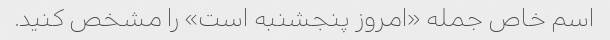
اسم خاص جمله «امروز پنجشنبه است» را مشخص کنید.